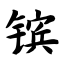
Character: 镔